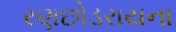
રણછોડરાયના